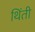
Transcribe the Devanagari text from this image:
थिंती